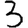
Digit: 3